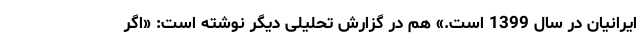
ایرانیان در سال 1399 است.» هم در گزارش تحلیلی دیگر نوشته است: «اگر